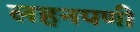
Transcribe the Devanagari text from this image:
लहनपणी